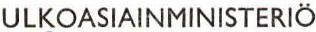
ULKOASIAINMINISTERIÖ